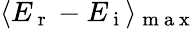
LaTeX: \langle E_{\mathrm{~r~}}-E_{\mathrm{~i~}}\rangle_{\mathrm{~m~a~x~}}